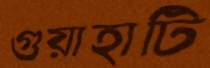
গুয়াহাটি